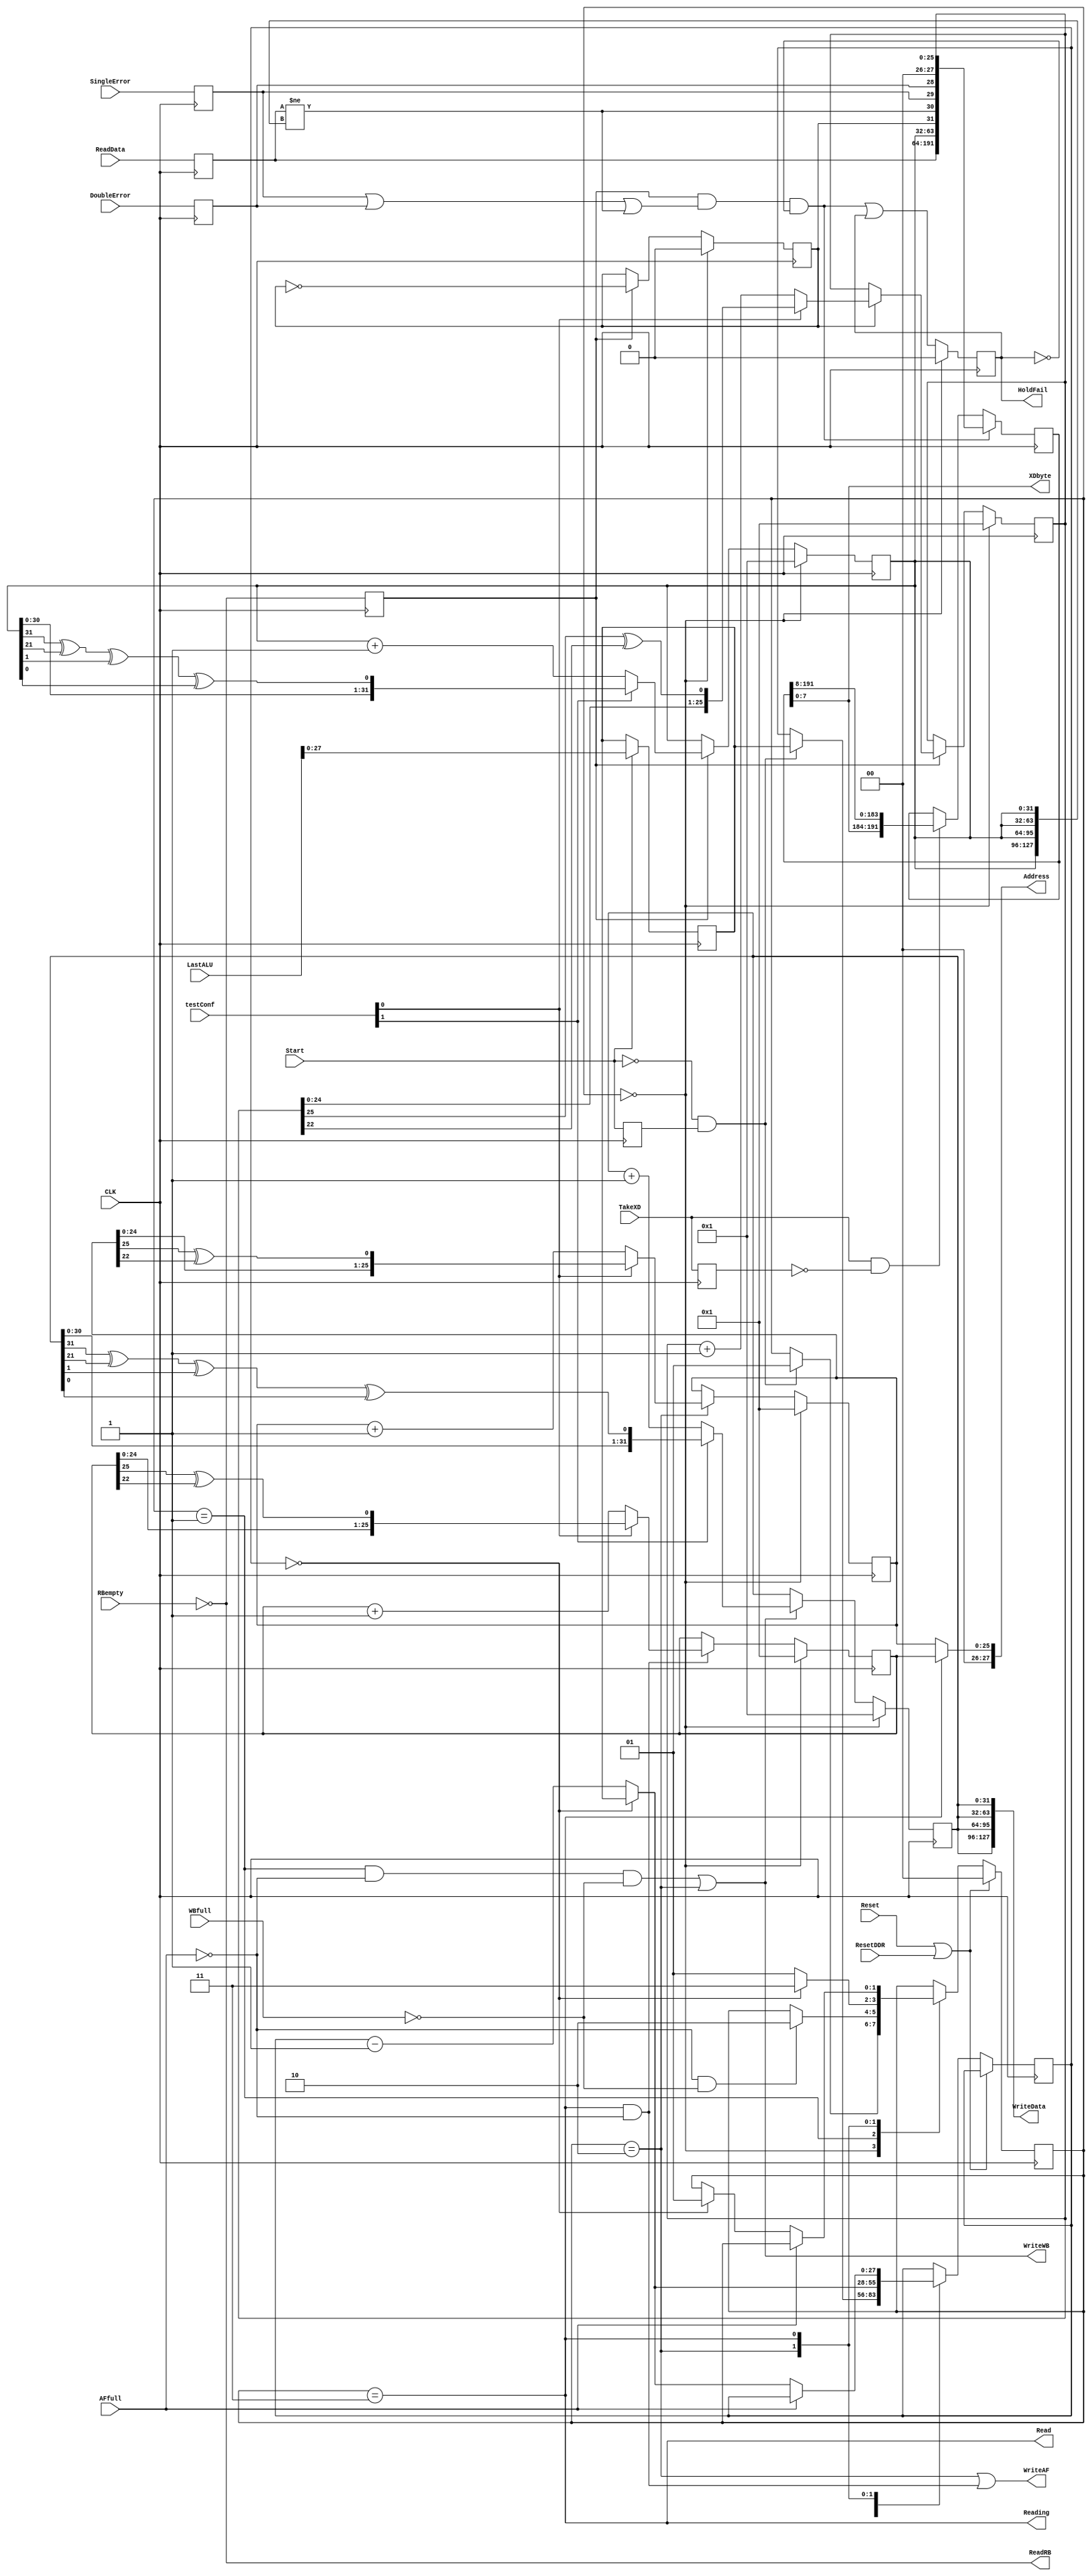
module Tester(
 input CLK,
 input Reset,

//Signals to/from TC5. 
 input Start,  //from TC5
 input ResetDDR, //from TC5
 output reg HoldFail, //to TC5
 output [7:0] XDbyte,  //to TC5
 input TakeXD,  //from TC5
 input [1:0] testConf, //The test configuration:
// 0 => sequential address, sequential data,
// 1 => LFSR address, sequential data,
// 2 => sequential address, LFSR data,
// 3 => LFSR address, LFSR data
 input [35:0] LastALU,


 //Signals to/from the DDR controller
 output [27:0] Address,
 output Read, //command
 output WriteAF,
 input AFfull, //stop issuing anything
 input SingleError,
 input DoubleError,
 input WBfull,

 output[127:0] WriteData,
 output WriteWB,

 input [127:0] ReadData,
 output ReadRB,
 input RBempty,
 output Reading
);

/* 
The tester is a small state machine, plus a LFSR (32 bits) which is concatenated four times for each
128 bit data word (2/burst), and another LFSR (28 bits) for the address. 

The address is 26 bits (2**26 words * 2**5 bytes/word = 2**31 bytes = 2 GB).

The test launches "BurstLength" writes, then "BurstLength" reads, checks the data from RB, then loops.
BurstLength is taken from TC5 R[257] at startup.  This register defaults to 31d.
  
The test will run until it detects a failure or the system is reset.

*/
 reg Startd1;
 wire StartTester;
 wire testFail;
 reg OddWord;
 
 reg [25:0] WA, RA; //seperate read and write addresses
 reg [25:0] TA; //test address, reported to TC5
 //write and read data 
 reg [31:0] RD; //expected read data
 reg [31:0] WD;
 reg [191:0] XD; //data read from the controller, plus RD, TA, and the error bits
 reg TakeXDd1;
 wire TakeXDx; //one-clock version of TakeXD
 reg [127:0] RDx; //ReadData delayed 1 cycle
 reg SEx; //Single Error delayed one cycle
 reg DEx; //Double Error delayed one cycle
 reg advance; //advance TA, RD
 wire anyError;
 wire loadXD;
 
(* safe_implementation = "yes" *) reg [1:0] testState;
 reg [27:0] BurstLength;
 reg [27:0] testCnt;  //number of writes and reads per block

 localparam testIdle =   2'b00;
 localparam testWriteA = 2'b01;
 localparam testWriteB = 2'b10;
 localparam testRead =   2'b11;
 
//----------------End of declarations-----------------------
 //synthesis translate_off
  initial begin
    Startd1 = '0;
  end
 //synthesis translate_on

 assign Reading = testState == testRead;
 always @(posedge CLK) TakeXDd1 <= TakeXD;
 assign TakeXDx = TakeXD & ~TakeXDd1;
 
 always @(posedge CLK) if(Start) BurstLength <= LastALU[27:0];
 
 always @(posedge CLK) Startd1 <= Start;
 assign  StartTester = ~Start & Startd1;  //StartTester when Start falls.

//State machine 
 always @(posedge CLK)
   if(Reset | ResetDDR) testState <= testIdle;
   else begin
  case (testState)
     testIdle:
       if(StartTester) begin
         testState <= testWriteA;
         testCnt <= BurstLength;
       end

     testWriteA:
       if(~AFfull & ~WBfull)testState <= testWriteB;
      
     testWriteB:
       if(testCnt == 0) begin  // We're about to do the last write.
         testCnt <= BurstLength;
         testState <= testRead;
       end else begin
         testCnt <= testCnt - 1;
         testState <= testWriteA;
       end
     
     testRead:
       if(~AFfull) 
         if (testCnt == 0) begin
            testCnt <= BurstLength;
            testState <= testWriteA;
         end else testCnt <= testCnt - 1;  //Do another read.
       
    endcase
  end
  
 always @(posedge CLK) begin  //advance WA once per write
   if(testState == testIdle) WA <= 26'h1; //init  
   else if (testState == testWriteB )  //advance
     WA <= testConf[0]? {WA[24:00],WA[25] ^ WA[22]} : WA + 1;
 end

 always @(posedge CLK) begin  //advance RA once per read
   if(testState == testIdle) RA <= 26'h1; //init  
   else if (testState == testRead & ~AFfull)  //advance
     RA <= testConf[0]? {RA[24:00],RA[25] ^ RA[22]} : RA + 1;
 end

 always @(posedge CLK) begin  //advance TA every other word tested
   if(testState == testIdle) begin TA <= 26'h1; OddWord <= 0; end //init  
   else if (advance) begin  //advance if OddWord
     OddWord <= ~OddWord;
     if(OddWord) TA <= testConf[0]? {TA[24:00],TA[25] ^ TA[22]} : TA + 1;
   end
 end

 always @(posedge CLK) begin  //advance RD whenever a word is tested
   if(testState == testIdle) RD <= 32'h00000001; //init  
   else if (advance)  //advance
     RD <= testConf[1]? {RD[30:0],(RD[31] ^ RD[21] ^ RD[1] ^ RD[0])} : RD + 1;
 end

 always @(posedge CLK) begin  //advance WD whenever a word is written
   if(testState == testIdle) WD <= 32'h00000001; //init  
   else if ((testState == testWriteA & ~AFfull & ~WBfull) | testState == testWriteB)  //shift
     WD <= testConf[1]? {WD[30:0],(WD[31] ^ WD[21] ^ WD[1] ^ WD[0])} : WD + 1;
 end
 
 always @(posedge CLK)
   if(loadXD) XD <= {RDx, RD, OddWord, testFail, SEx, DEx, 2'b0, TA};
   else if(TakeXDx) XD <= {XD[7:0], XD[191:8]};
   
 always @(posedge CLK) if (testState == testIdle) HoldFail <= 0;
  else HoldFail <= loadXD  | HoldFail;
  
 always @(posedge CLK) advance <= ~RBempty;
 
 assign anyError =  SEx | DEx | testFail;
 assign loadXD = advance & anyError & ~HoldFail;
 
 always @(posedge CLK) begin
   RDx <= ReadData;
	SEx <= SingleError;
	DEx <= DoubleError;
 end
 
 assign XDbyte = XD[7:0];
 assign Address = testState == testRead?  RA: WA;
 assign WriteAF =  testState == testWriteB | (testState == testRead & ~AFfull);
 assign WriteData = {WD, WD, WD, WD};
 assign Read = testState == testRead;
 assign WriteWB = (testState == testWriteA & ~AFfull & ~WBfull) | testState == testWriteB;
 assign testFail = RDx != {RD,RD,RD,RD};
 assign ReadRB = ~RBempty;
 
endmodule